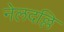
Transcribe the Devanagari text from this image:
नेलदल्लि